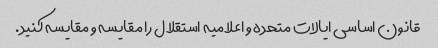
قانون اساسی ایالات متحده و اعلامیه استقلال را مقایسه و مقایسه کنید.